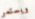
ويستمر